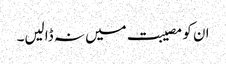
ان کو مصیبت میں نہ ڈالیں۔